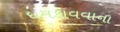
ધમકાવવાના